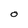
Character: O